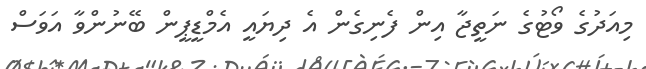
މިއަދުގެ ވޯޓުގެ ނަތީޖާ އިން ފެނިގެން އެ ދިޔައީ އެމްޑީޕީން ބޭނުންވާ އަވަސް